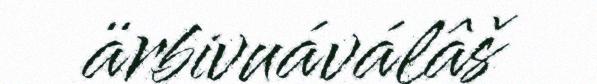
ärbivuáválâš